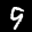
Label: 9